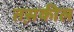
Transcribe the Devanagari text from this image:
तस़कील